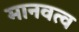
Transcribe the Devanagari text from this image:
मानवत्व